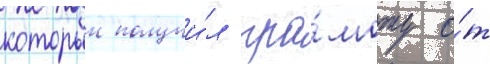
которыи получи́л гра́моту о́т